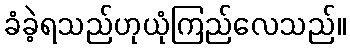
ခံခဲ့ရသည်ဟုယုံကြည်လေသည်။